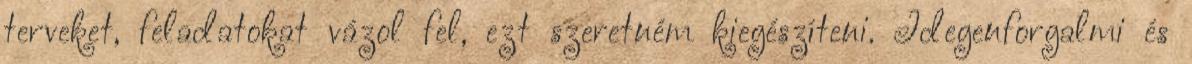
terveket, feladatokat vázol fel, ezt szeretném kiegészíteni. Idegenforgalmi és